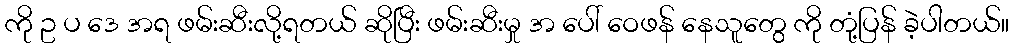
ကို ဥ ပ ဒေ အရ ဖမ်းဆီးလို့ရတယ် ဆိုပြီး ဖမ်းဆီးမှု အ ပေါ် ဝေဖန် နေသူတွေ ကို တုံ့ပြန် ခဲ့ပါတယ်။